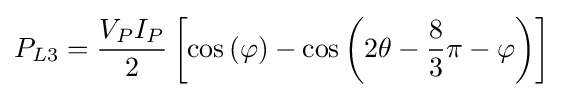
P_{L3}={\frac {V_{P}I_{P}}{2}}\left[\cos \left(\varphi \right)-\cos \left(2\theta -{\frac {8}{3}}\pi -\varphi \right)\right]